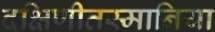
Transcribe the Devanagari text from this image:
दक्षिणीतस्मानिया